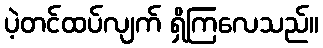
ပဲ့တင်ထပ်လျက် ရှိကြလေသည်။